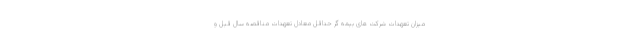
میزان تعهدات شرکت های بیمه گر حداقل معادل تعهدات مناقصه سال قبل و